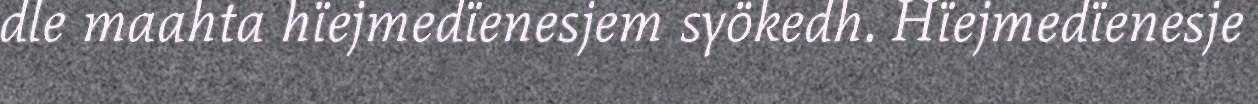
dle maahta hïejmedïenesjem syökedh. Hïejmedïenesje